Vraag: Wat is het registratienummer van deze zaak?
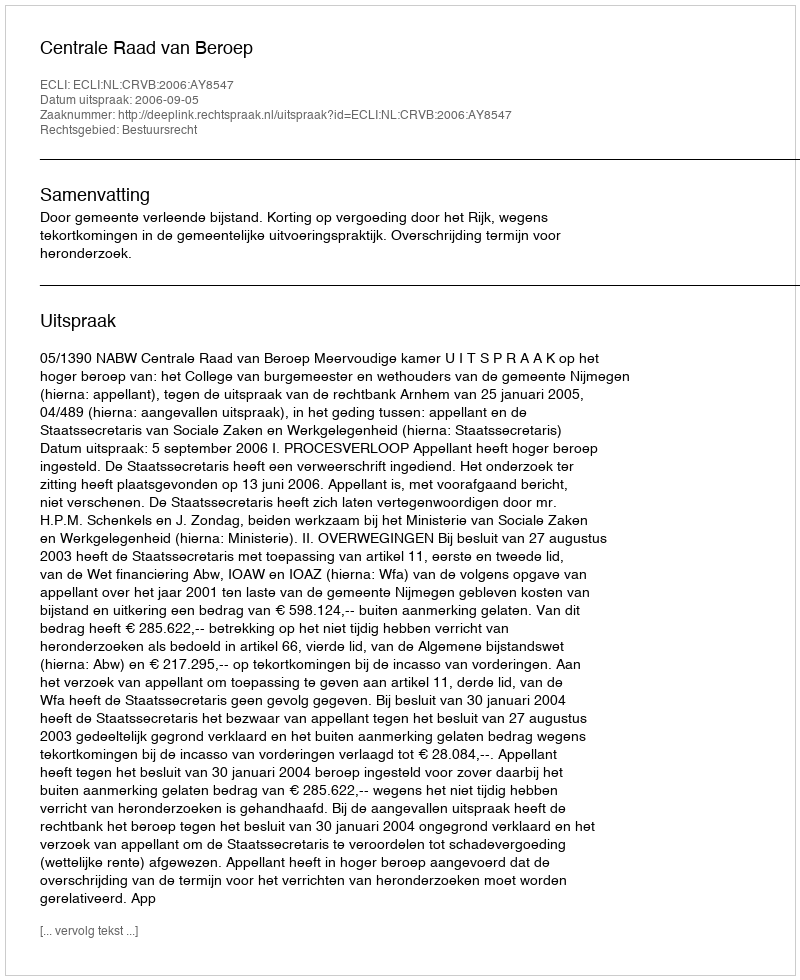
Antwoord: http://deeplink.rechtspraak.nl/uitspraak?id=ECLI:NL:CRVB:2006:AY8547